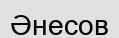
Әнесов